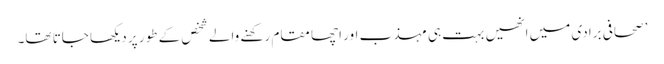
’صحافی برادی میں انھیں بہت ہی مہذب اور اچھا مقام رکھنے والے شخص کے طور پر دیکھا جاتا تھا۔